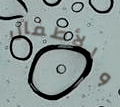
والأطفال